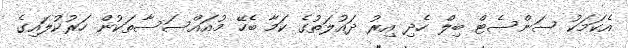
އެކަމަކު ސަންސެޓް ބިލް ހެދި އިރު ދައުލަތުގެ ކަމާ ބެހޭ މުއައްސަސާތަކުން ހަރުކުލައިގެ